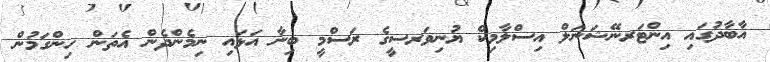
އާބާދުގައި އިންޓަރނޭޝަނަލް އިސްލާމިކް ޔުނިވަރސީގެ ރަސްމީ ބިނާ އަޅައި ނިމެންދެން އެތަން ހިންގަމުން